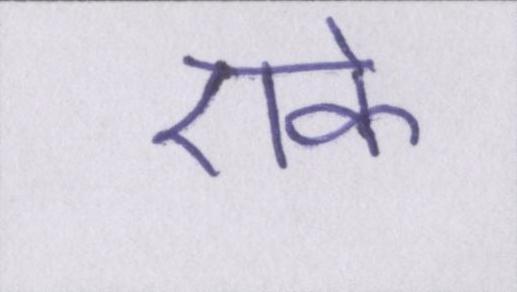
एके